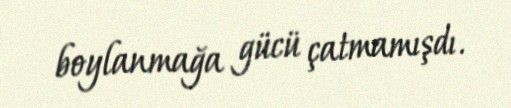
boylanmağa gücü çatmamışdı.